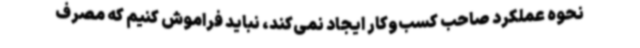
نحوه عملکرد صاحب کسب‌وکار ایجاد نمی‌کند، نباید فراموش کنیم که مصرف‌